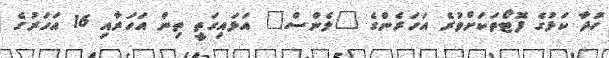
ހުދާ ކަޅުގެ ފޮޓޯތަކަށްވުރެ އަހަރެންގެ "ލެންސް" އަޅައިގަތީ ތިން އަހަރާއި 16 އަހަރުގެ